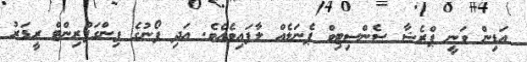
އަޑިން ވަނީ ޕްރެޝާ ސެންސިޓިވް ޕެނަލެއް ލާފައިވެއެވެ. އަދި ފޯނުގެ ފިންގަޕްރިންޓް ރީޑަރު